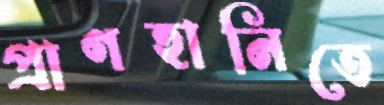
প্রাণহানিতে